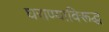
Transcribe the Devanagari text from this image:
घराण्याविरूद्ध